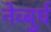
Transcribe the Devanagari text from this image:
नेव्बुर्घ